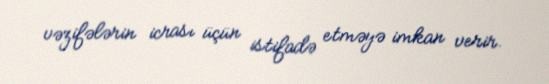
vəzifələrin icrası üçün istifadə etməyə imkan verir.